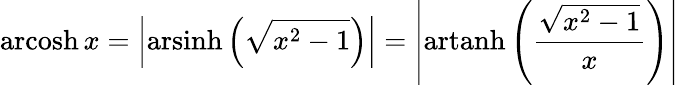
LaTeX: \operatorname{arcosh}x=\left|\operatorname{arsinh}\left({\sqrt{x^{2}-1}}\right)\right|=\left|\operatorname{artanh}\left({\frac{\sqrt{x^{2}-1}}{x}}\right)\right|